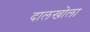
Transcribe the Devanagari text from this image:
दालखोला